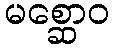
မစ္ဆောဝ